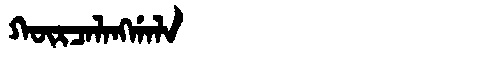
Manchu: ᡴᡡᡵᠴᠠᠯᠠᠩᡤᠠᠯᠠ
Romanization: KŪRCALANGGALA